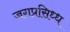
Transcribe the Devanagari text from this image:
जगप्रसिध्ध